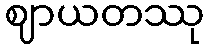
ဈာယတဿု